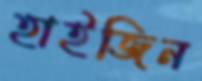
হাইজিন